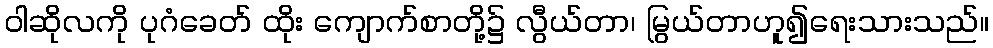
ဝါဆိုလကို ပုဂံခေတ် ထိုး ကျောက်စာတို့၌ လွီယ်တာ၊ မြွယ်တာဟူ၍ရေးသားသည်။